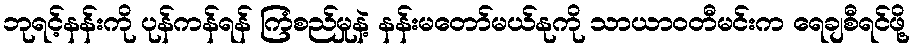
ဘုရင့်နန်းကို ပုန်ကန်ရန် ကြံစည်မှုနဲ့ နန်းမတော်မယ်နုကို သာယာဝတီမင်းက ရေချစီရင်ဖို့